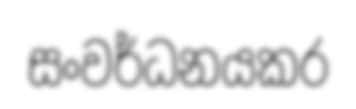
සංවර්ධනයකර